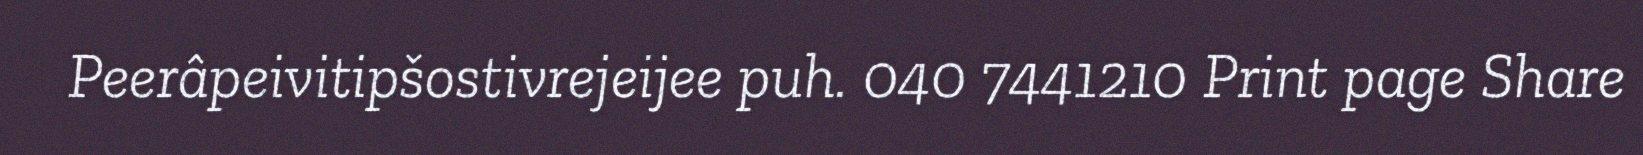
Peerâpeivitipšostivrejeijee puh. 040 7441210 Print page Share